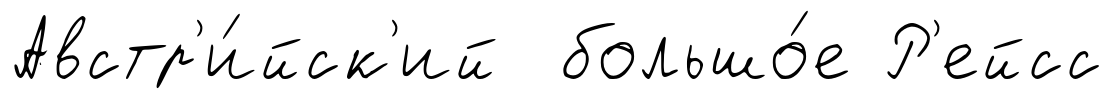
Австр'и́йск'ий большо́е Р'ейсс